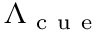
\Lambda _ { \mathrm { ~ c ~ u ~ e ~ } }